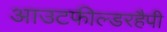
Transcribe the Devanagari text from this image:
आउटफील्डरहैपी